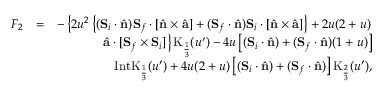
\begin{array} { r l r } { F _ { 2 } } & { = } & { - \left\{ 2 u ^ { 2 } \left\{ ( { \bf S } _ { i } \cdot \hat { \bf n } ) { \bf S } _ { f } \cdot \left[ \hat { \bf n } \times \hat { \bf a } \right] + ( { \bf S } _ { f } \cdot \hat { \bf n } ) { \bf S } _ { i } \cdot \left[ \hat { \bf n } \times \hat { \bf a } \right] \right\} + 2 u ( 2 + u ) \right. } \\ & { } & { \left. \hat { \bf a } \cdot [ { \bf S } _ { f } \times { \bf S } _ { i } ] \right\} \mathrm { K } _ { \frac { 1 } { 3 } } ( u ^ { \prime } ) - 4 u \left[ ( { \bf S } _ { i } \cdot \hat { \bf n } ) + ( { \bf S } _ { f } \cdot \hat { \bf n } ) ( 1 + u ) \right] } \\ & { } & { \mathrm { I n t K } _ { \frac { 1 } { 3 } } ( u ^ { \prime } ) + 4 u ( 2 + u ) \left[ ( { \bf S } _ { i } \cdot \hat { \bf n } ) + ( { \bf S } _ { f } \cdot \hat { \bf n } ) \right] \mathrm { K } _ { \frac { 2 } { 3 } } ( u ^ { \prime } ) , } \end{array}